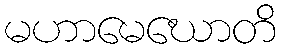
မဟာမေဃောတိ